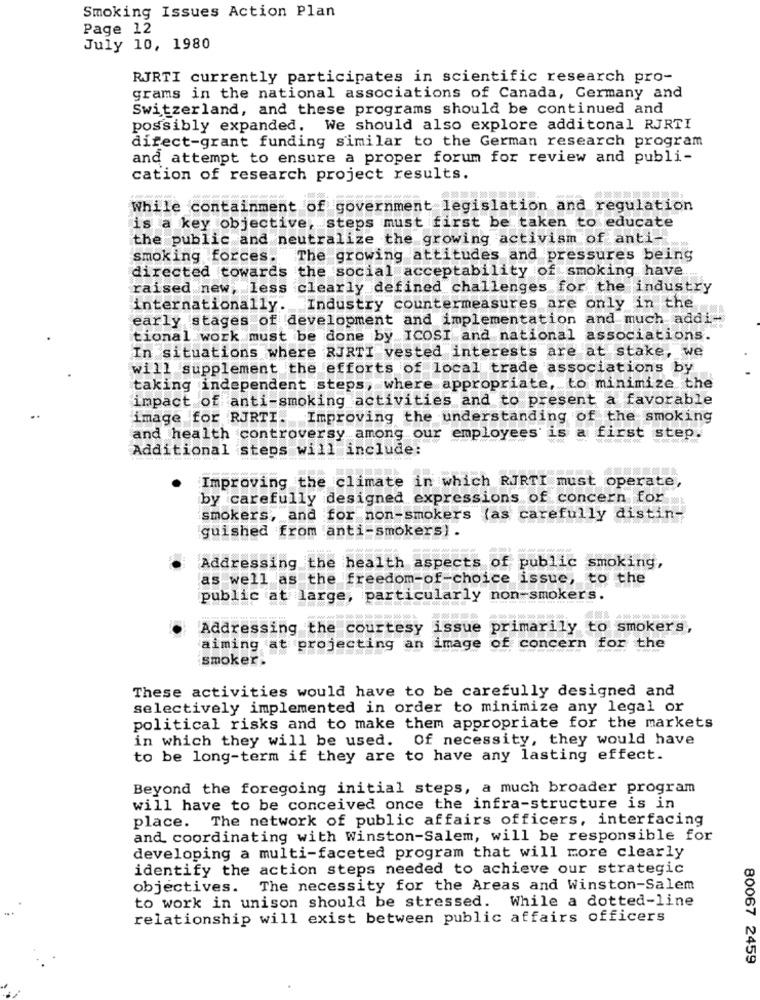
Smoking Issues Action Plan
Page 12
July 10, 1980
RJRTI currently participates in scientific research pro-
grams in the national associations of Canada, Germany and
Switzerland, and these programs should be continued and
possibly expanded. We should also explore additonal RJRTI
direct-grant funding similar to the German research program
and attempt to ensure a proper forum for review and publi-
cation of research project results.
While containment of government legislation and regulation
is a key objective, steps must first be taken to educate
the public and neutralize the growing activism of anti.
smoking forces.
The growing attitudes and pressures being
directed towards the social acceptability of smoking have
raised new, less clearly defined challenges for the industry
internationally ...
Industry countermeasures are only in the
early stages of development and implementation and much addi-
tional work must be done by ICOSI and national associations.
In situations where RJRTI vested interests are at stake, we
will supplement the efforts of local trade associations by
taking independent steps, where appropriate, to minimize the
impact of anti-smoking activities and to present a favorable
image for RJRTI. Improving the understanding of the smoking
and health controversy among our employees is a first step.
Additional steps will include:
Improving the climate in which RJRTI must operate,
by carefully designed expressions of concern for
smokers, and for non-smokers (as carefully distin-
guished from anti-smokers).
Addressing the health aspects of public smoking,
as well as the freedom-of-choice issue, to the
public at large, particularly non-smokers.
Addressing the courtesy issue primarily to smokers,
aiming at projecting an image of concern for the
smoker.
These activities would have to be carefully designed and
selectively implemented in order to minimize any legal or
political risks and to make them appropriate for the markets
in which they will be used. Of necessity, they would have
to be long-term if they are to have any lasting effect.
Beyond the foregoing initial steps, a much broader program
will have to be conceived once the infra-structure is in
place. The network of public affairs officers, interfacing
and coordinating with Winston-Salem, will be responsible for
developing a multi-faceted program that will more clearly
identify the action steps needed to achieve our strategic
objectives. The necessity for the Areas and Winston-Salem
to work in unison should be stressed. While a dotted-line
relationship will exist between public affairs officers
80067 2459